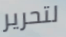
لتحرير